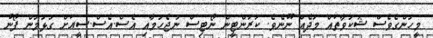
މީހުންގެވެސް ޝަކުވާތައް މަދެއް ނޫނެވެ. ކަރަންޓީން ނޯޓިސް ނުޖެހުމާއި އެސް.އެސް.ސީއަށް ގުޅުމުން ފޯނު